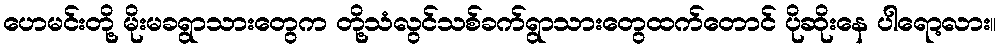
ဟေမင်းတို့ မိုးမခရွာသားတွေက တို့သံလွင်သစ်ခက်ရွာသားတွေထက်တောင် ပိုဆိုးနေ ပါရော့လား။